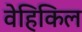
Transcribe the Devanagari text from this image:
वेहिकिल